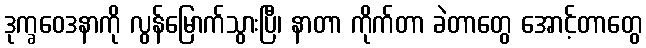
ဒုက္ခဝေဒနာကို လွန်မြောက်သွားပြီ၊ နာတာ ကိုက်တာ ခဲတာတွေ အောင့်တာတွေ